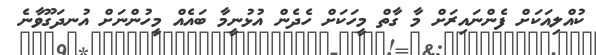
ކުއްލިއަކަށް ފެންނައިރަށް މާ ގާތް މީހަކަށް ހެދެން އުޅުނީމާ ބައެއް މީހުންނަށް އުނދަގޫވާނެ